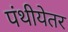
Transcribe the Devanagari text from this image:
पंथीयेतर